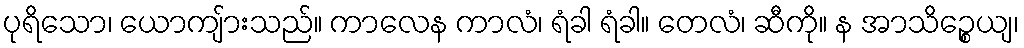
ပုရိသော၊ ယောကျ်ားသည်။ ကာလေန ကာလံ၊ ရံခါ ရံခါ။ တေလံ၊ ဆီကို။ န အာသိဉ္စေယျ၊